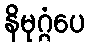
နိမုဂ္ဂံပေ